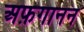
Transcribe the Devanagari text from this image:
अफ़गानन